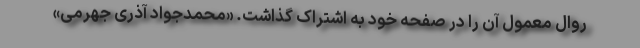
روال معمول آن را در صفحه خود به اشتراک گذاشت. «محمدجواد آذری جهرمی»